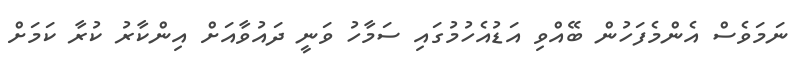
ނަމަވެސް އެންމެފަހުން ބޭއްވި އަޑުއެހުމުގައި ސަމާހު ވަނީ ދައުވާއަށް އިންކާރު ކުރާ ކަމަށް